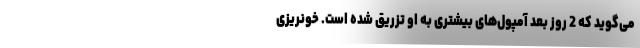
می‌گوید که 2 روز بعد آمپول‌های بیشتری به او تزریق شده است. خونریزی